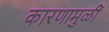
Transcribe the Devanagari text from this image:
कारणामुळीं